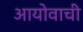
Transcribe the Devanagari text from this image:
आयोवाची